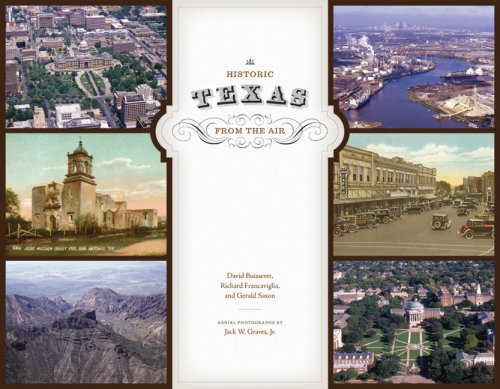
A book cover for Historic Texas from the Air; David Buisseret; Travel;